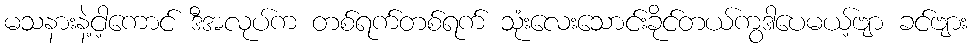
မသနားနဲ့ငါ့ကောင် ဒီအလုပ်က တစ်ရက်တစ်ရက် သုံးလေးသောင်းခိုင်တယ်ကွဒါပေမယ့်ဗျာ ခင်ဗျား